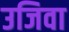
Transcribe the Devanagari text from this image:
उजिवा